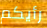
رأيكم